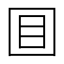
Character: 𡇌